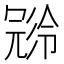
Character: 𠖝